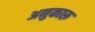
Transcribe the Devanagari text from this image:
अनुकारू